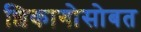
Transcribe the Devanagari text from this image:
शिकागोसोबत